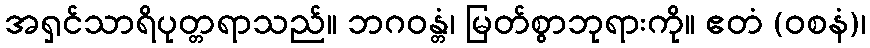
အရှင်သာရိပုတ္တရာသည်။ ဘဂဝန္တံ၊ မြတ်စွာဘုရားကို။ ဧတံ (ဝစနံ)၊